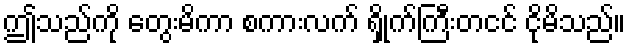
ဤသည်ကို တွေးမိကာ စကားလက် ရှိုက်ကြီးတငင် ငိုမိသည်။